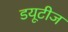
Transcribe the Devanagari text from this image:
डयूटीज